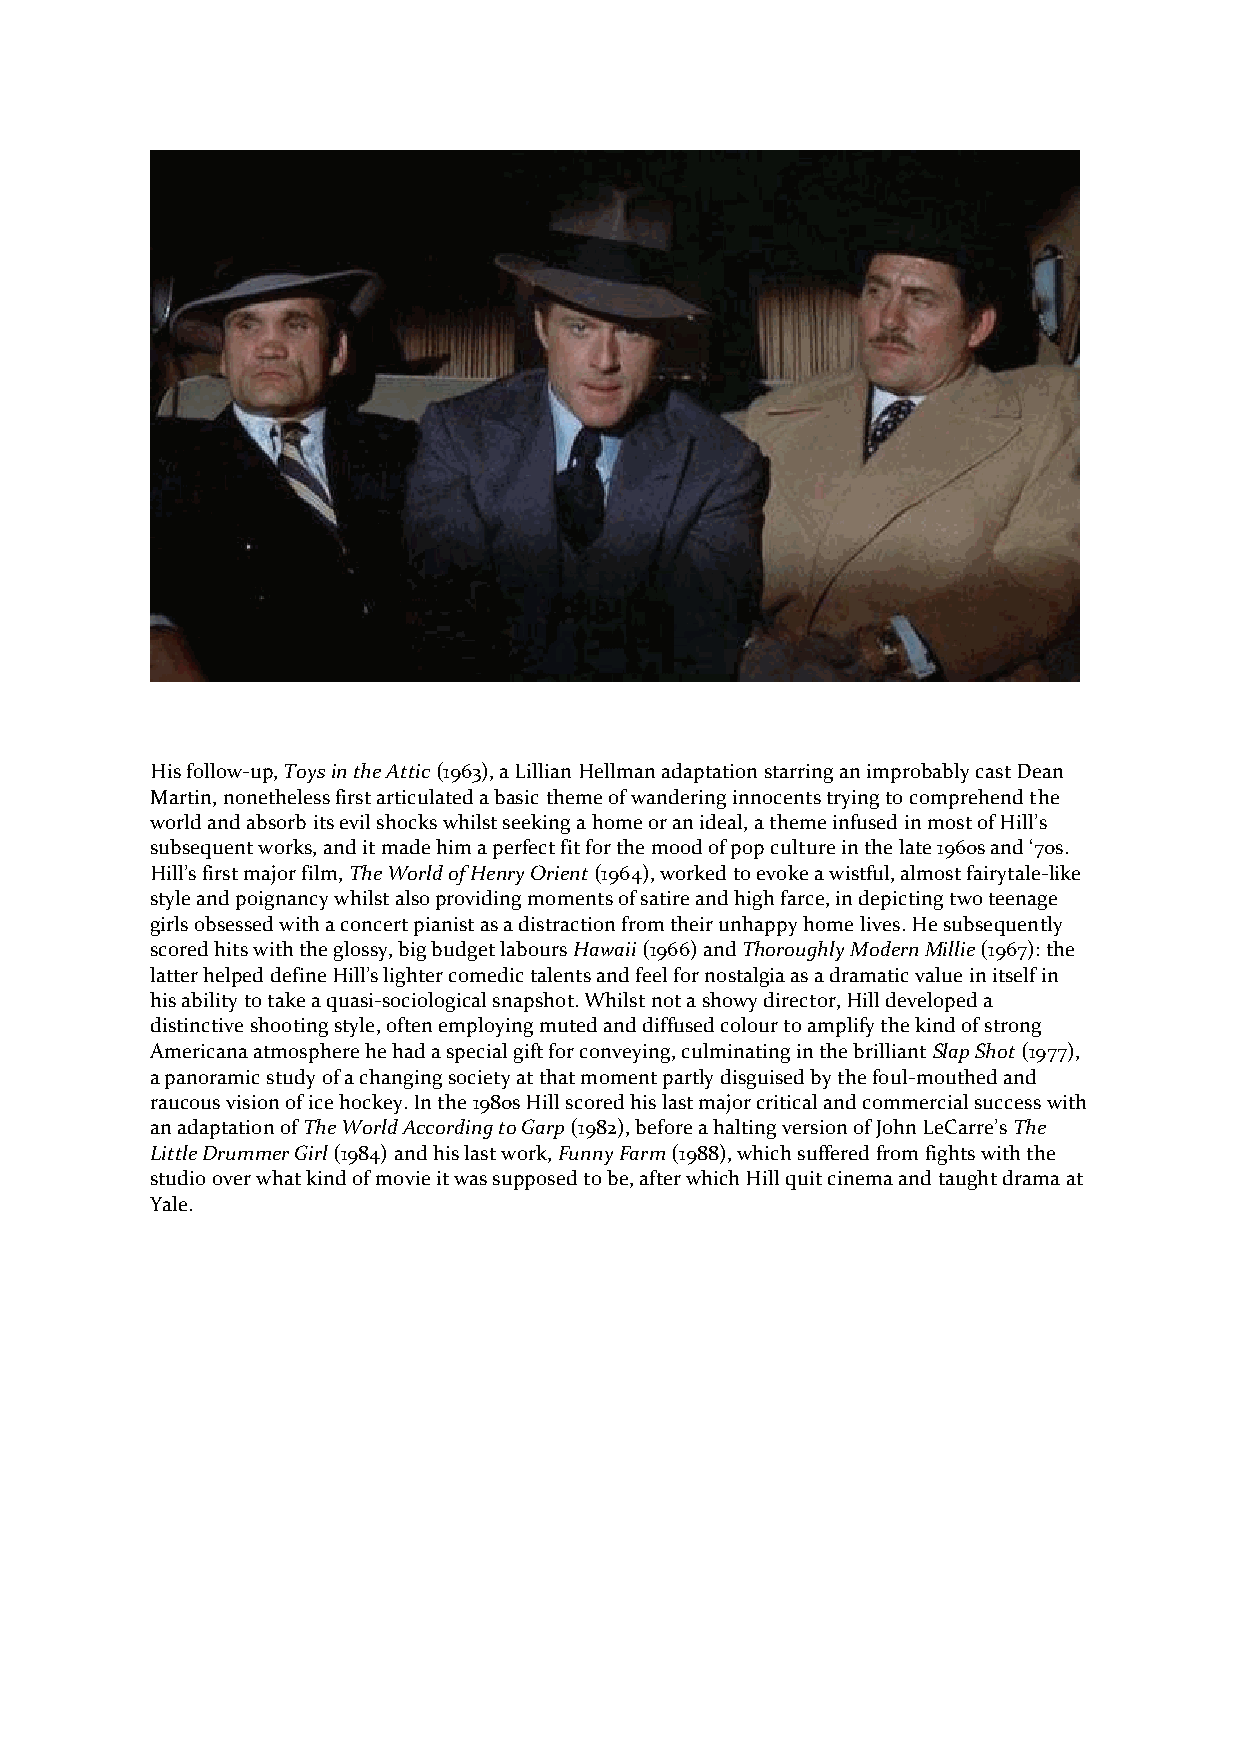
His follow-up, Toys in the Attic (1963), a Lillian Hellman adaptation starring an improbably cast Dean
 Martin, nonetheless first articulated a basic theme of wandering innocents trying to comprehend the
 world and absorb its evil shocks whilst seeking a home or an ideal, a theme infused in most of Hill’s
 subsequent works, and it made him a perfect fit for the mood of pop culture in the late 1960s and ‘70s.
 Hill’s first major film, The World of Henry Orient (1964), worked to evoke a wistful, almost fairytale-like
 style and poignancy whilst also providing moments of satire and high farce, in depicting two teenage
 girls obsessed with a concert pianist as a distraction from their unhappy home lives. He subsequently
 scored hits with the glossy, big budget labours Hawaii (1966) and Thoroughly Modern Millie (1967): the
 latter helped define Hill’s lighter comedic talents and feel for nostalgia as a dramatic value in itself in
 his ability to take a quasi-sociological snapshot. Whilst not a showy director, Hill developed a
 distinctive shooting style, often employing muted and diffused colour to amplify the kind of strong
 Americana atmosphere he had a special gift for conveying, culminating in the brilliant Slap Shot (1977),
 a panoramic study of a changing society at that moment partly disguised by the foul-mouthed and
 raucous vision of ice hockey. In the 1980s Hill scored his last major critical and commercial success with
 an adaptation of The World According to Garp (1982), before a halting version of John LeCarre’s The
 Little Drummer Girl (1984) and his last work, Funny Farm (1988), which suffered from fights with the
 studio over what kind of movie it was supposed to be, after which Hill quit cinema and taught drama at
 Yale.